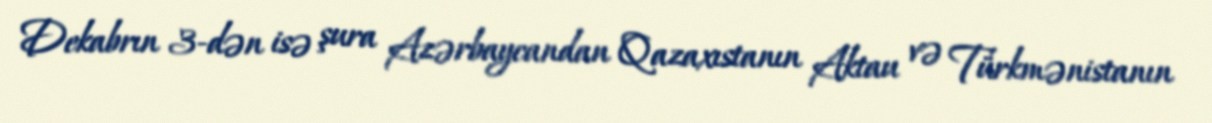
Dekabrın 3-dən isə şura Azərbaycandan Qazaxıstanın Aktau və Türkmənistanın